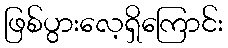
ဖြစ်ပွားလေ့ရှိကြောင်း